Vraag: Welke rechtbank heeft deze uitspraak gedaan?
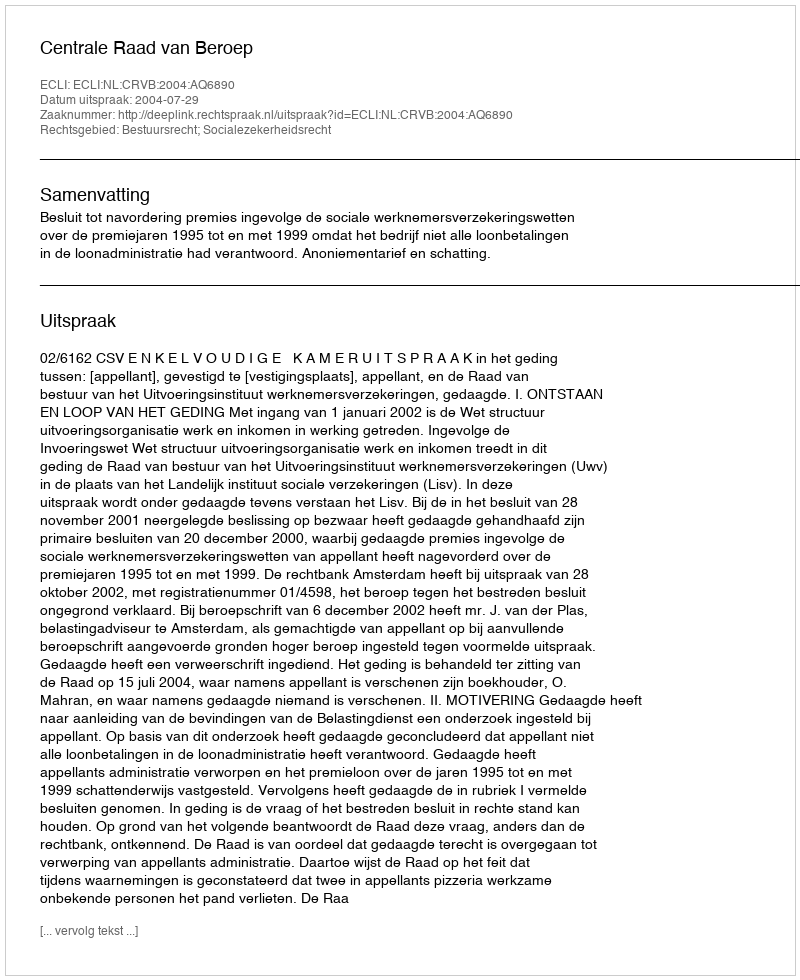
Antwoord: Centrale Raad van Beroep